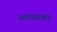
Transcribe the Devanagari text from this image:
ब्लासको